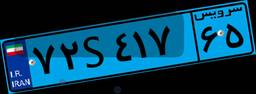
۹۵S۹۴۰۷۶